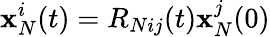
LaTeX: \mathbf{x}_{N}^{i}(t)=R_{Nij}(t)\mathbf{x}_{N}^{j}(0)